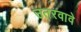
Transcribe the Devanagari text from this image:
उतरवावे